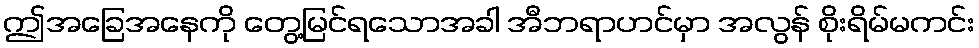
ဤအခြေအနေကို တွေ့မြင်ရသောအခါ အီဘရာဟင်မှာ အလွန် စိုးရိမ်မကင်း